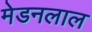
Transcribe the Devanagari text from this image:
मेडनलाल